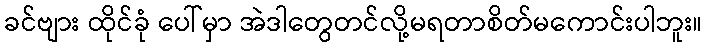
ခင်ဗျား ထိုင်ခုံ ပေါ်မှာ အဲဒါတွေတင်လို့မရတာစိတ်မကောင်းပါဘူး။